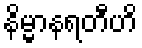
နိမ္မာနရတီဟိ